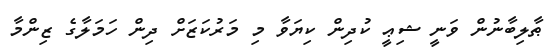
ޠާލިބާނުން ވަނީ ޝިޢީ ކުދިން ކިޔަވާ މި މަރުކަޒަށް ދިން ހަމަލާގެ ޒިންމާ